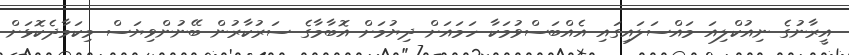
އީރާނުގެ ނިއުކްލިއަ މައްސަލައިގައި އެއްބަސްވުމަކާ ހަމައަށް ދިޔުމަށް އޮބާމާގެ ސަރުކާރުން ބޭނުންވިޔަސް މިކަމާދެކޮޅަށް